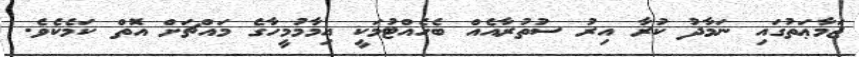
ޖަމާޢަތުގައި ނަމާދު ކުރާ އިރު ސުތުރާއެއް ބެހެއްޓުމަކީ އިމާމުމީހާގެ މައްޗަށް އޮތް ކަމެކެވެ.